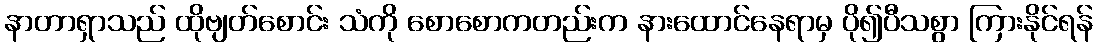
နာတာရှာသည် ထိုဗျတ်စောင်း သံကို စောစောကတည်းက နားထောင်နေရာမှ ပို၍ပီသစွာ ကြားနိုင်ရန်